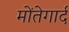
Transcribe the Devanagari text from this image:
मोंतेगार्द